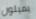
يميلون